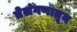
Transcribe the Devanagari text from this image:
तेलंगणातून